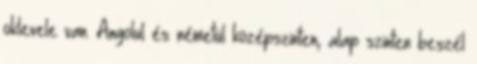
oklevele van. Angolul és németül középszinten, alap szinten beszél